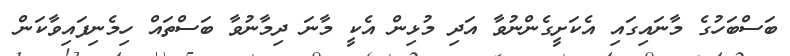
ބަސްބަހުގެ މާނައިގައި އެކަށީގެންނުވާ އަދި މުޅިން އެކީ މާނަ ދިމާނުވާ ބަސްތައް ހިމެނިފައިވާކަން